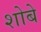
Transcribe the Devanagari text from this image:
शोबे